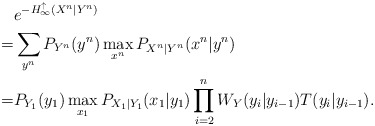
\begin{align*}& e^{- H_{\infty}^\uparrow(X^n|Y^n)} \\=& \sum_{y^n} P_{Y^n}(y^n) \max_{x^n } P_{X^n|Y^n}(x^n|y^n) \\=& P_{Y_1}(y_1) \max_{x_1} P_{X_1|Y_1}(x_1|y_1) \prod_{i=2}^n W_Y(y_i|y_{i-1}) T(y_i | y_{i-1}).\end{align*}